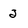
Character: 2